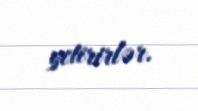
yetirirlər.